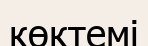
көктемі